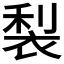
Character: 𮖇